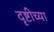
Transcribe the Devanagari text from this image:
दृष्टीच्या